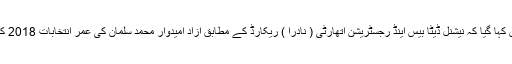
الیکشن کمیشن کے فیصلے میں کہا گیا کہ نیشنل ڈیٹا بیس اینڈ رجسٹریشن اتھارٹی ( نادرا ) ریکارڈ کے مطابق آزاد امیدوار محمد سلمان کی عمر انتخابات 2018 کے وقت 25 سال سے کم تھی۔